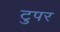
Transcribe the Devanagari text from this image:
टुपर